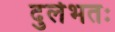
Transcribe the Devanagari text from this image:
दुर्लभतः